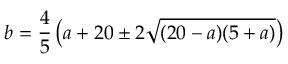
b = { \frac { 4 } { 5 } } \left( a + 2 0 \pm 2 { \sqrt { ( 2 0 - a ) ( 5 + a ) } } \right)